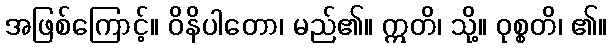
အဖြစ်ကြောင့်။ ဝိနိပါတော၊ မည်၏။ ဣတိ၊ သို့။ ဝုစ္စတိ၊ ၏။